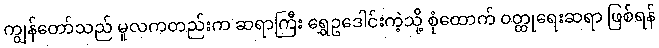
ကျွန်တော်သည် မူလကတည်းက ဆရာကြီး ရွှေဥဒေါင်းကဲ့သို့ စုံထောက် ဝတ္ထုရေးဆရာ ဖြစ်ရန်